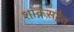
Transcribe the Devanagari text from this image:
शांकराद्वैत